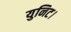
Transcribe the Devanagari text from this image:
युनिट।